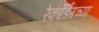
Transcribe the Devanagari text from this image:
रेकॉर्डिंगच्या